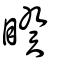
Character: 睽